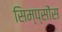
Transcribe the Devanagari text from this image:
सिम्प्सोंस